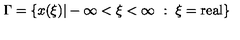
\Gamma = \{ x ( \xi ) | - \infty < \xi < \infty \ : \ \xi = \mathrm { r e a l } \}